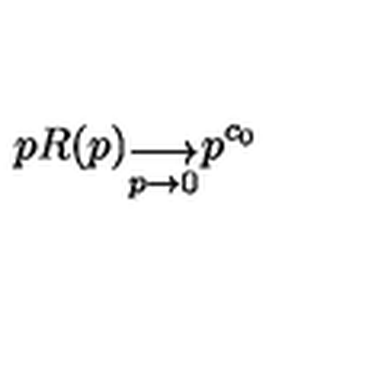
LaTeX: p R ( p ) _ { \stackrel { \displaystyle \longrightarrow } { p \rightarrow 0 } } p ^ { c _ { 0 } }